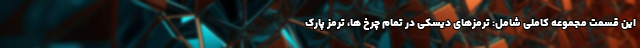
این قسمت مجموعه کاملی شامل: ترمزهای دیسکی در تمام چرخ ها، ترمز پارک